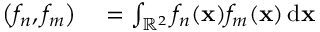
\begin{array} { r l } { \left( f _ { n } , f _ { m } \right) } & { { } = \int _ { \mathbb { R } ^ { 2 } } f _ { n } ( \mathbf { x } ) f _ { m } ( \mathbf { x } ) \, \mathrm { d } \mathbf { x } } \end{array}